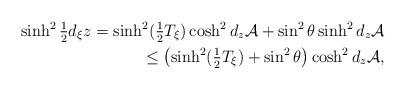
LaTeX: \begin{align*}\sinh^2\tfrac{1}{2}d_{\xi}z = \sinh^2(\tfrac{1}{2}T_{\xi})\cosh^2d_z\mathcal{A}+\sin^2\theta\sinh^2d_z\mathcal{A}\\ \leq \left( \sinh^2(\tfrac{1}{2}T_{\xi})+\sin^2\theta\right)\cosh^2d_z\mathcal{A},\end{align*}